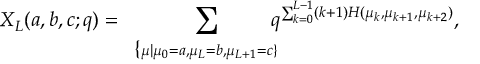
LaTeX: X _ { L } ( a , b , c ; q ) = \displaystyle \sum _ { \begin{array} { c } { { \{ \scriptstyle \mu | { \mu _ { 0 } = a , \mu _ { L } = b , \mu _ { L + 1 } = c } \} } } \end{array} } \! \! \! \! \! \! q ^ { \sum _ { k = 0 } ^ { L - 1 } ( k + 1 ) H ( \mu _ { k } , \mu _ { k + 1 } , \mu _ { k + 2 } ) } ,